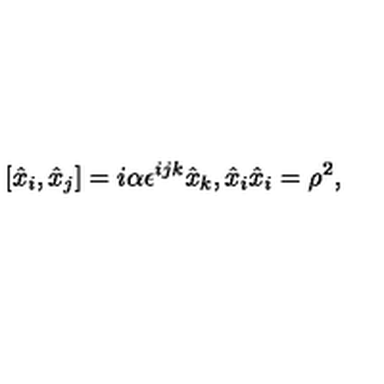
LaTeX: [ \hat { x } _ { i } , \hat { x } _ { j } ] = i \alpha \epsilon ^ { i j k } \hat { x } _ { k } , \hat { x } _ { i } \hat { x } _ { i } = \rho ^ { 2 } ,